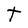
Character: t